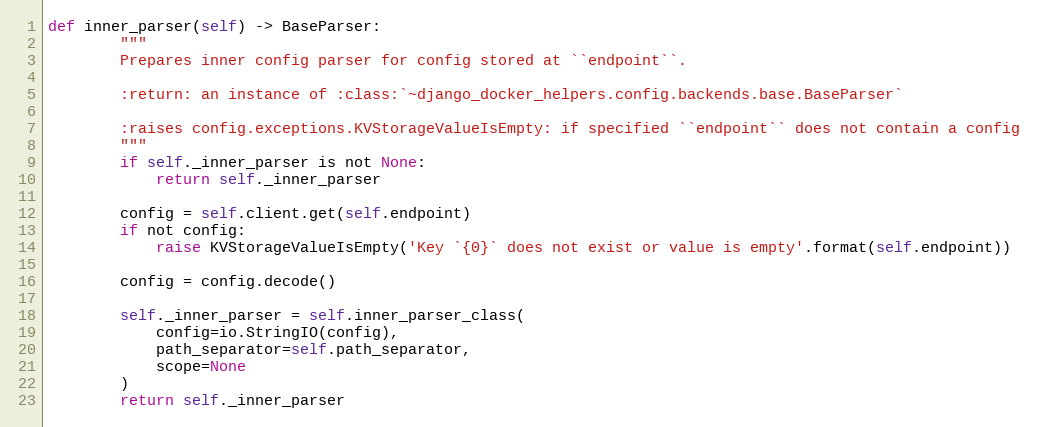
Language: Python
def inner_parser(self) -> BaseParser:
        """
        Prepares inner config parser for config stored at ``endpoint``.

        :return: an instance of :class:`~django_docker_helpers.config.backends.base.BaseParser`

        :raises config.exceptions.KVStorageValueIsEmpty: if specified ``endpoint`` does not contain a config
        """
        if self._inner_parser is not None:
            return self._inner_parser

        config = self.client.get(self.endpoint)
        if not config:
            raise KVStorageValueIsEmpty('Key `{0}` does not exist or value is empty'.format(self.endpoint))

        config = config.decode()

        self._inner_parser = self.inner_parser_class(
            config=io.StringIO(config),
            path_separator=self.path_separator,
            scope=None
        )
        return self._inner_parser